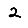
Digit: 2